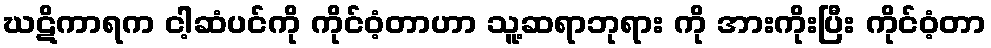
ဃဋိကာရက ငါ့ဆံပင်ကို ကိုင်ဝံ့တာဟာ သူ့ဆရာဘုရား ကို အားကိုးပြီး ကိုင်ဝံ့တာ